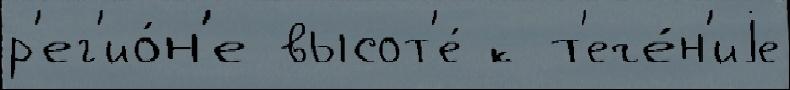
р'ег'ио́н'е высот'е́ к т'ече́н'иjе